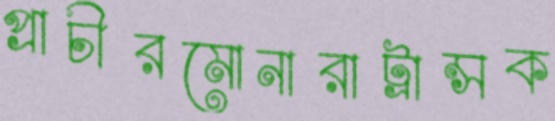
প্রাচীরমোনারাট্রান্সক